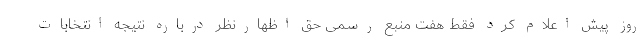
روز پیش اعلام کرد فقط هفت منبع رسمی ‌حق اظهارنظر درباره نتیجه انتخابات